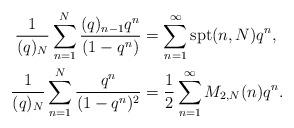
LaTeX: \begin{align*}\frac{1}{(q)_N}\sum_{n=1}^N\frac{(q)_{n-1}q^n}{(1-q^n)}&=\sum_{n=1}^{\infty}\textup{spt}(n, N)q^n,\\\frac{1}{(q)_N}\sum_{n=1}^N\frac{q^n}{(1-q^n)^2}&=\frac{1}{2}\sum_{n=1}^{\infty}M_{2,N}(n)q^n.\end{align*}